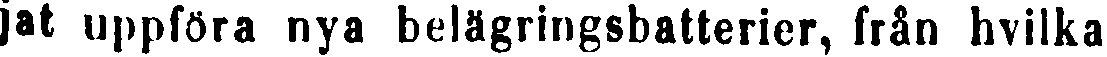
jat uppföra nya belägringsbatterier, från hvilka